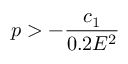
p > - \frac { c _ { 1 } } { 0 . 2 E ^ { 2 } }